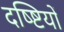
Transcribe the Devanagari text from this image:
दष्ष्टियों